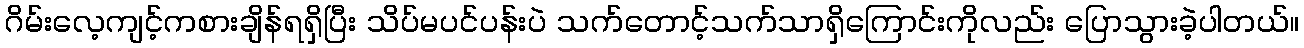
ဂိမ်းလေ့ကျင့်ကစားချိန်ရရှိပြီး သိပ်မပင်ပန်းပဲ သက်တောင့်သက်သာရှိကြောင်းကိုလည်း ပြောသွားခဲ့ပါတယ်။